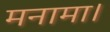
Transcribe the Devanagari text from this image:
मनामा।